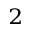
^ 2